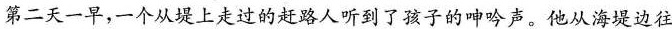
第二天一早，一个从堤上走过的赶路人听到了孩子的呻吟声。他从海堤边往